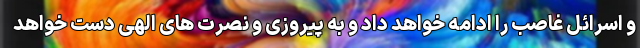
و اسرائل غاصب را ادامه خواهد داد و به پیروزی و نصرت های الهی دست خواهد